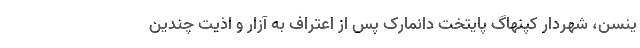
ینسن، شهردار کپنهاگ پایتخت دانمارک پس از اعتراف به آزار و اذیت چندین